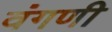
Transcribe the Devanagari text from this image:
वंगणी